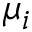
\mu _ { i }